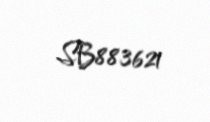
SB883621